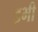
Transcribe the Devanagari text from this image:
इभी